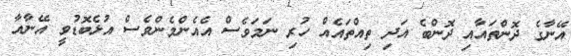
އޭނާގެ ދޮންތައާއި ދޮންބެ އަދި ތިއްތައެއް ހުރި ނަމަވެސް އެއެންމެންވެސް އުޅެބޮޑުވީ އޭނާއާ